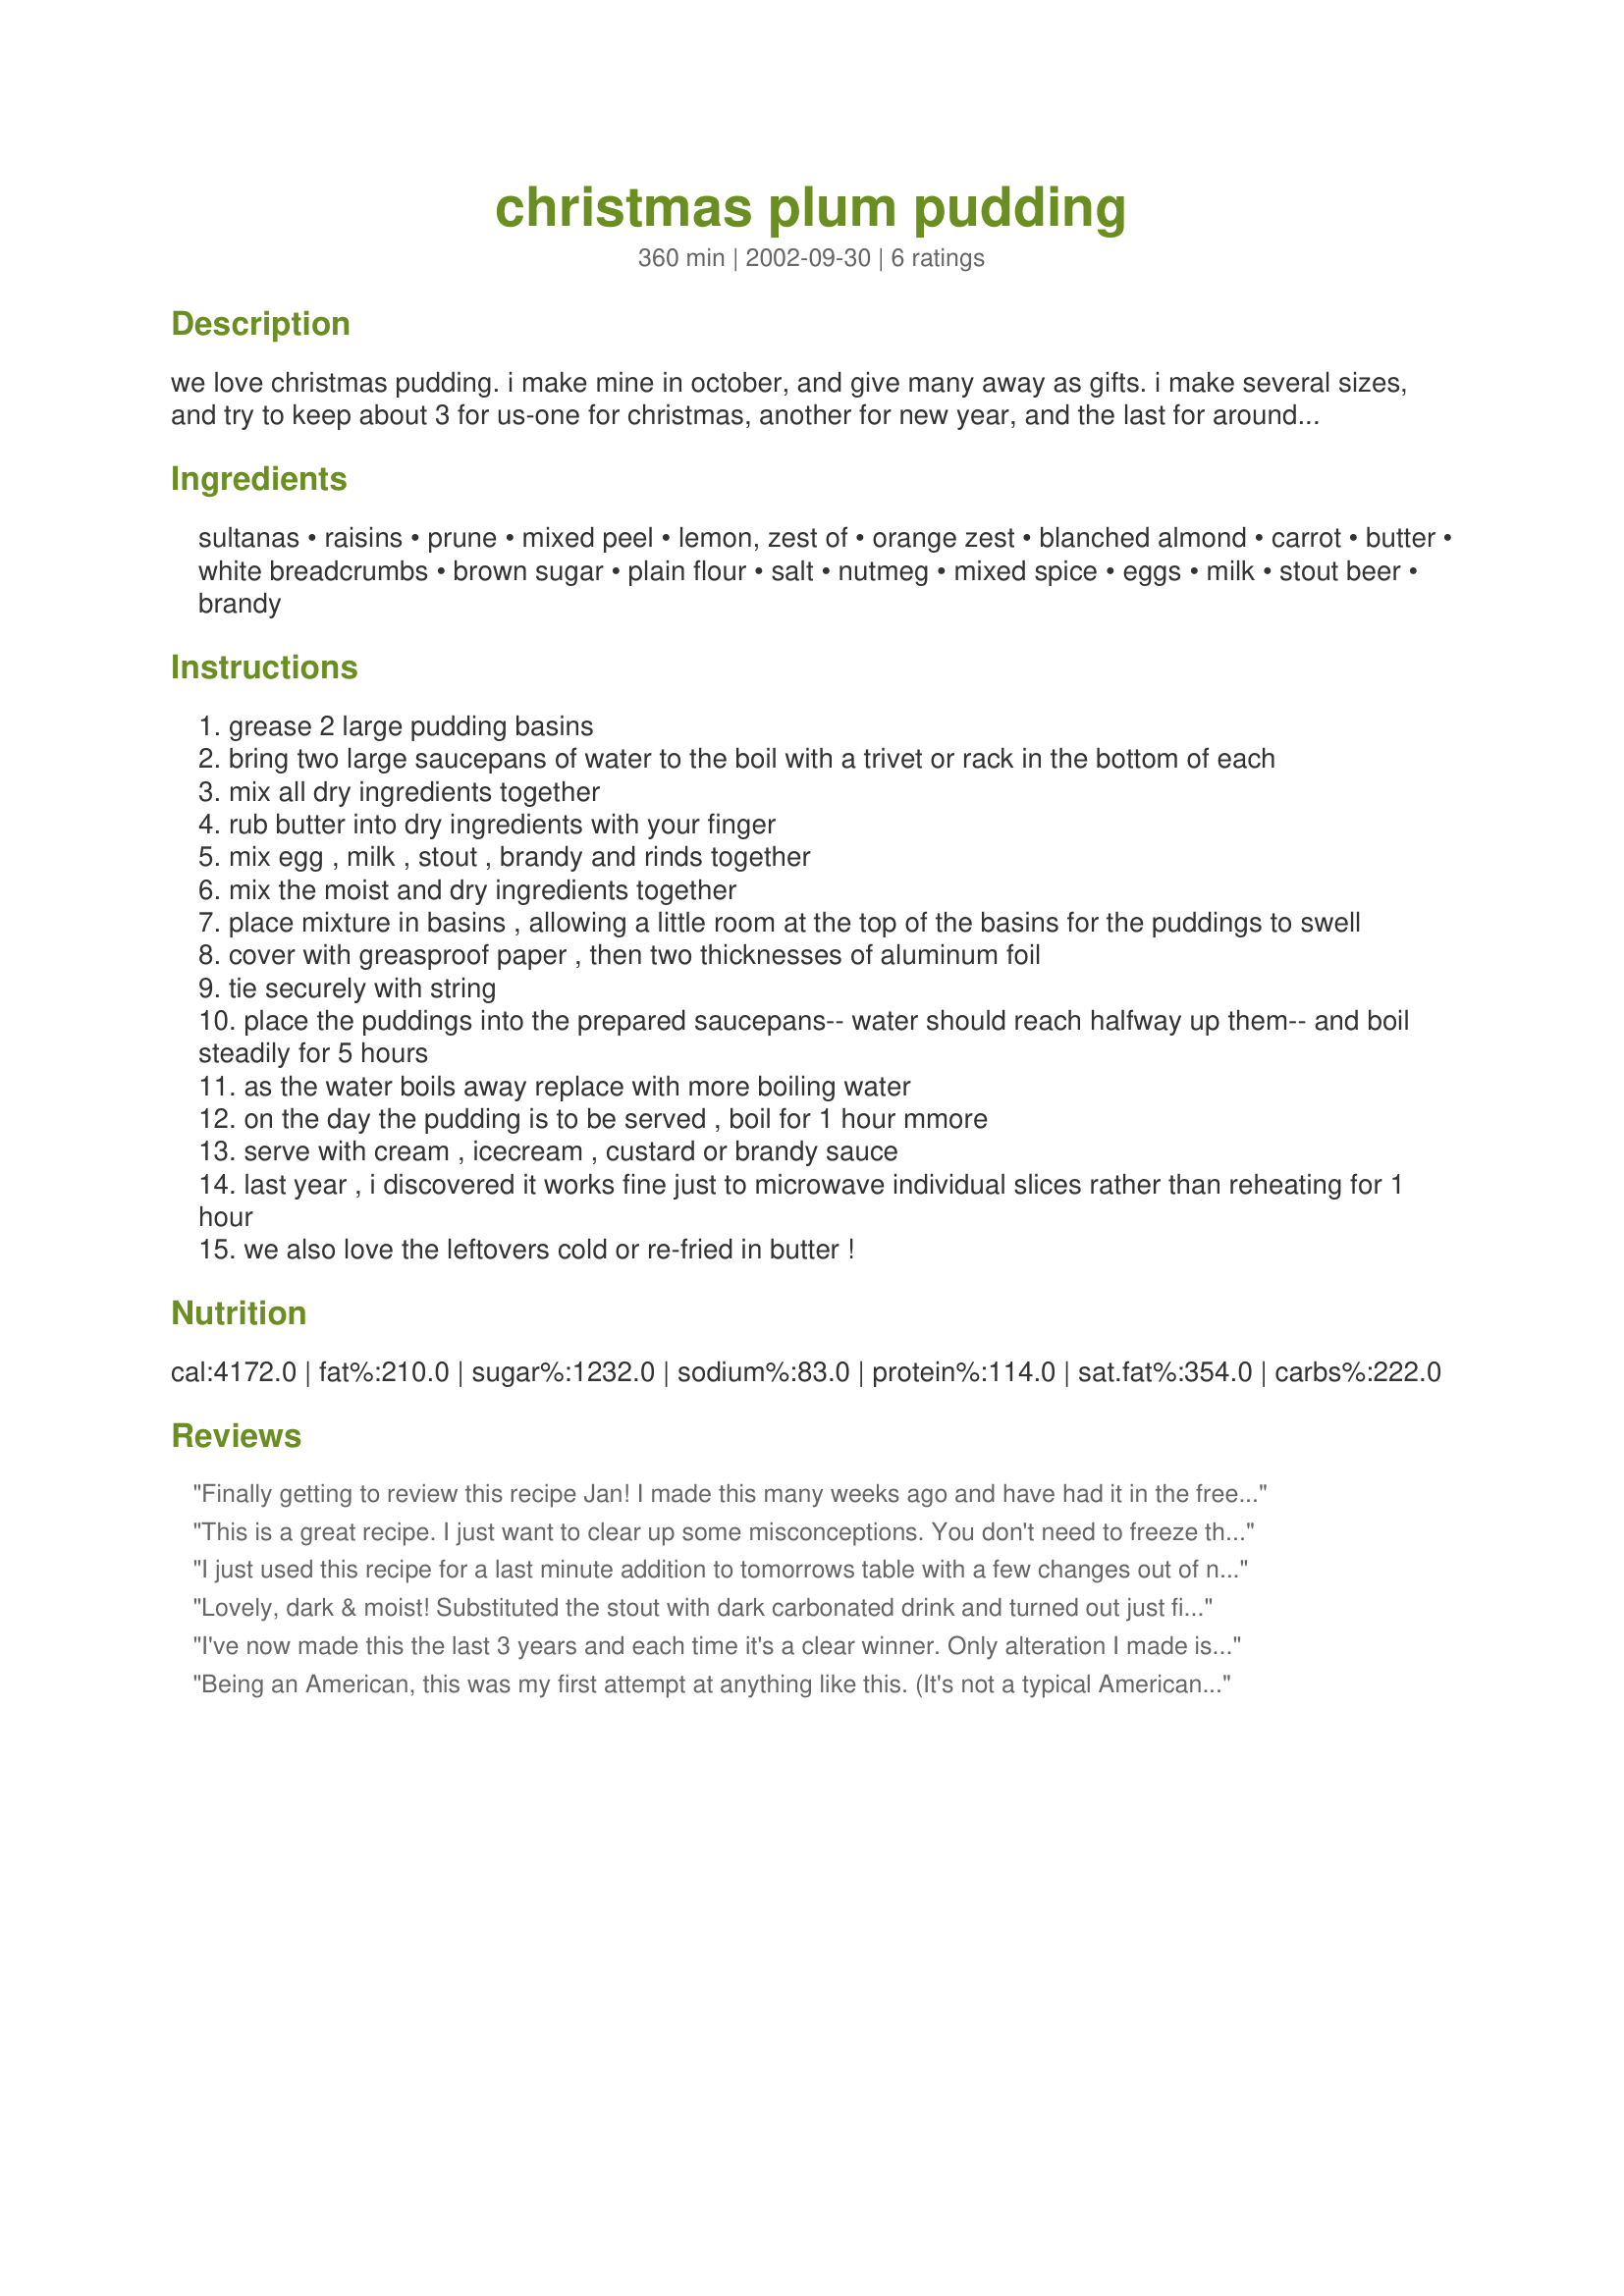
christmas plum pudding
Preparation time: 360 minutes

we love christmas pudding. i make mine in october, and give many away as gifts. i make several sizes, and try to keep about 3 for us-one for christmas, another for new year, and the last for around easter. i find it very satisfying to make these, though i can hardly wait to eat the first one! this recipe is a combination of 2 favourites and works well. if you don't want to use the stout and brandy, use orange juice as one of the recipes suggested-i think the stout and brandy give the recipe depth of flavour.

Ingredients:
sultanas, raisins, prune, mixed peel, lemon, zest of, orange zest, blanched almond, carrot, butter, white breadcrumbs, brown sugar, plain flour, salt, nutmeg, mixed spice, eggs, milk, stout beer, brandy

Steps:
grease 2 large pudding basins
bring two large saucepans of water to the boil with a trivet or rack in the bottom of each
mix all dry ingredients together
rub butter into dry ingredients with your finger
mix egg , milk , stout , brandy and rinds together
mix the moist and dry ingredients together
place mixture in basins , allowing a little room at the top of the basins for the puddings to swell
cover with greasproof paper , then two thicknesses of aluminum foil
tie securely with string
place the puddings into the prepared saucepans-- water should reach halfway up them-- and boil steadily for 5 hours
as the water boils away replace with more boiling water
on the day the pudding is to be served , boil for 1 hour mmore
serve with cream , icecream , custard or brandy sauce
last year , i discovered it works fine just to microwave individual slices rather than reheating for 1 hour
we also love the leftovers cold or re-fried in butter !

Reviews:
Finally getting to review this recipe Jan!
I made this many weeks ago and have had it in the freezer.
I never used peel (we dont like it) and just added more fruit.
Very moist, I used Guinness and Brandy.
Delicious Christmas Pud recipe, thanks for posting.
This is a great recipe.

I just want to clear up some misconceptions. You don't need to freeze these puddings to keep them, just keep them in a cool place and they will be fine for a year or even more. The puddings should be made at least 6 weeks before you intend to use them, to allow time for the flavours to mature. And they should be served with a sauce - brandy butter (hard sauce) is traditional, but a brandy flavoured custard is also suitable.
I just used this recipe for a last minute addition to tomorrows table with a few changes out of necessity... Due to limited products where we are (Antigua) I used Mixed Candied fruits in place of the raisins and dried cranberries in place of the prunes, also missing the mixed spice I replaced it with a combination of a crushed clove cinnamon and the nutmeg. It tastes sensational!! Thanks for a super easy to use recipe!!
Lovely, dark & moist! Substituted the stout with dark carbonated drink and turned out just fine! Used more fruits instead of peel. A definite keeper!
I've now made this the last 3 years and each time it's a clear winner. Only alteration I made is I substituted one of two cups of sultanas with dried strawberries and cranberries, for something different. The pudding itself is very moist with a lovely light flavour, and the combination of fruit and nuts creates a beautiful texture. Served with double cream and my mother's infamous brandy butter, this pudding is something we always save room for.
Being an American, this was my first attempt at anything like this. (It's not a typical American dessert - Christmas or otherwise). My husband and I (both love fruitcake like desserts) loved this. The flavor was wonderful. I found a stout and J&B Brandy to use. It was very moist and very good. I served it plain although I think that I will try some brandy sauce with the leftovers. Thanks for sharing your traditions with us.
